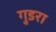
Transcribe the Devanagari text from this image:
गुडरा